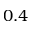
0 . 4